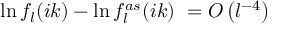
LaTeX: \ln f _ { l } ( i k ) - \ln f _ { l } ^ { a s } ( i k ) \ = { \cal O } \left( l ^ { - 4 } \right)